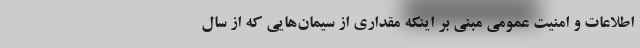
اطلاعات و امنیت عمومی مبنی بر اینکه مقداری از سیمان‌هایی که از سال